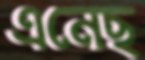
এনেছ